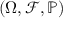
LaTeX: ( \Omega , { \mathcal { F } } , \mathbb { P } )